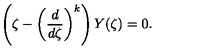
\left( \zeta - \left( \frac { d } { d \zeta } \right) ^ { k } \right) Y ( \zeta ) = 0 .